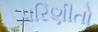
પરિણીતો